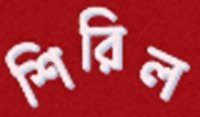
শিরিল